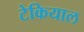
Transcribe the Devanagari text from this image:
टेकियाल